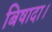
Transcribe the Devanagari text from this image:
बिषादा।